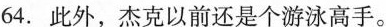
64.此外,杰克以前还是个游泳高手。